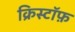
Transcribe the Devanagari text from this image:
क्रिस्टॉफ़